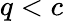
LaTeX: q<c